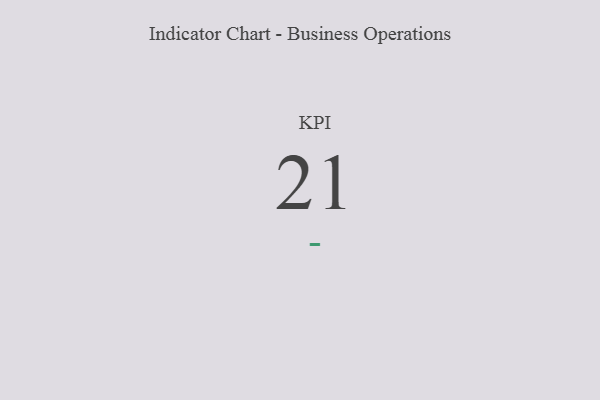
{"axis": {"x": "KPI", "y": "Value"}, "legend": [""], "data": [{"x": "KPI", "y": 21, "type": ""}]}